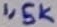
Text: 1,5K